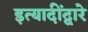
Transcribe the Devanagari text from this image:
इत्यादींद्वारे